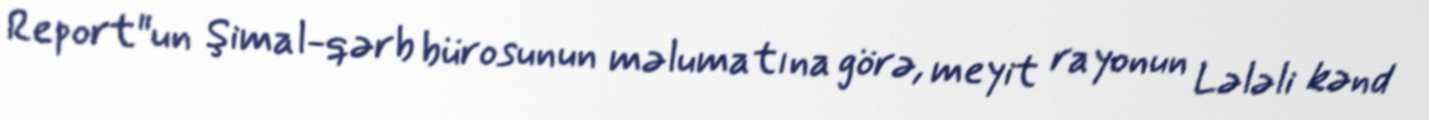
Report"un Şimal-qərb bürosunun məlumatına görə, meyit rayonun Lələli kənd